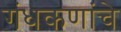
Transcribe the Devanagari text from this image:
गंधकणांचे